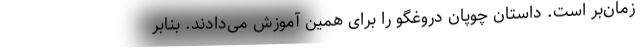
زمان‌بر است. داستان چوپان دروغگو را برای همین آموزش می‌دادند. بنابر